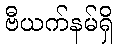
ဗီယက်နမ်ရှိ